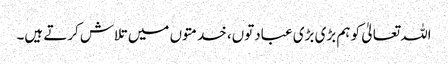
اللہ تعالیٰ کو ہم بڑی بڑی عبادتوں، خدمتوں میں تلاش کرتے ہیں۔